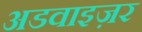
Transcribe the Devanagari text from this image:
अडवाइज़र